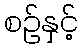
စဉ်နှင့်